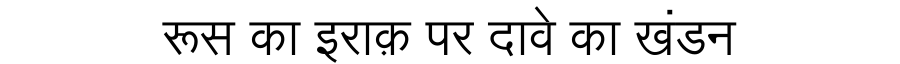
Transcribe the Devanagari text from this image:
रूस का इराक़ पर दावे का खंडन